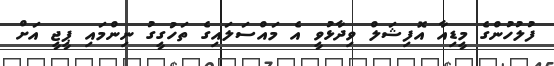
ފުލުހުންގެ މީޑިއާ އޮފިޝަލް ވިދާޅުވީ އެ މައްސަލައިގެ ތަހުގީގު ނިންމައި ޕީޖީ އަށް